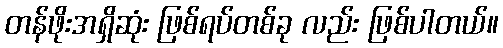
တန်ဖိုးအရှိဆုံး ဖြစ်ရပ်တစ်ခု လည်း ဖြစ်ပါတယ်။